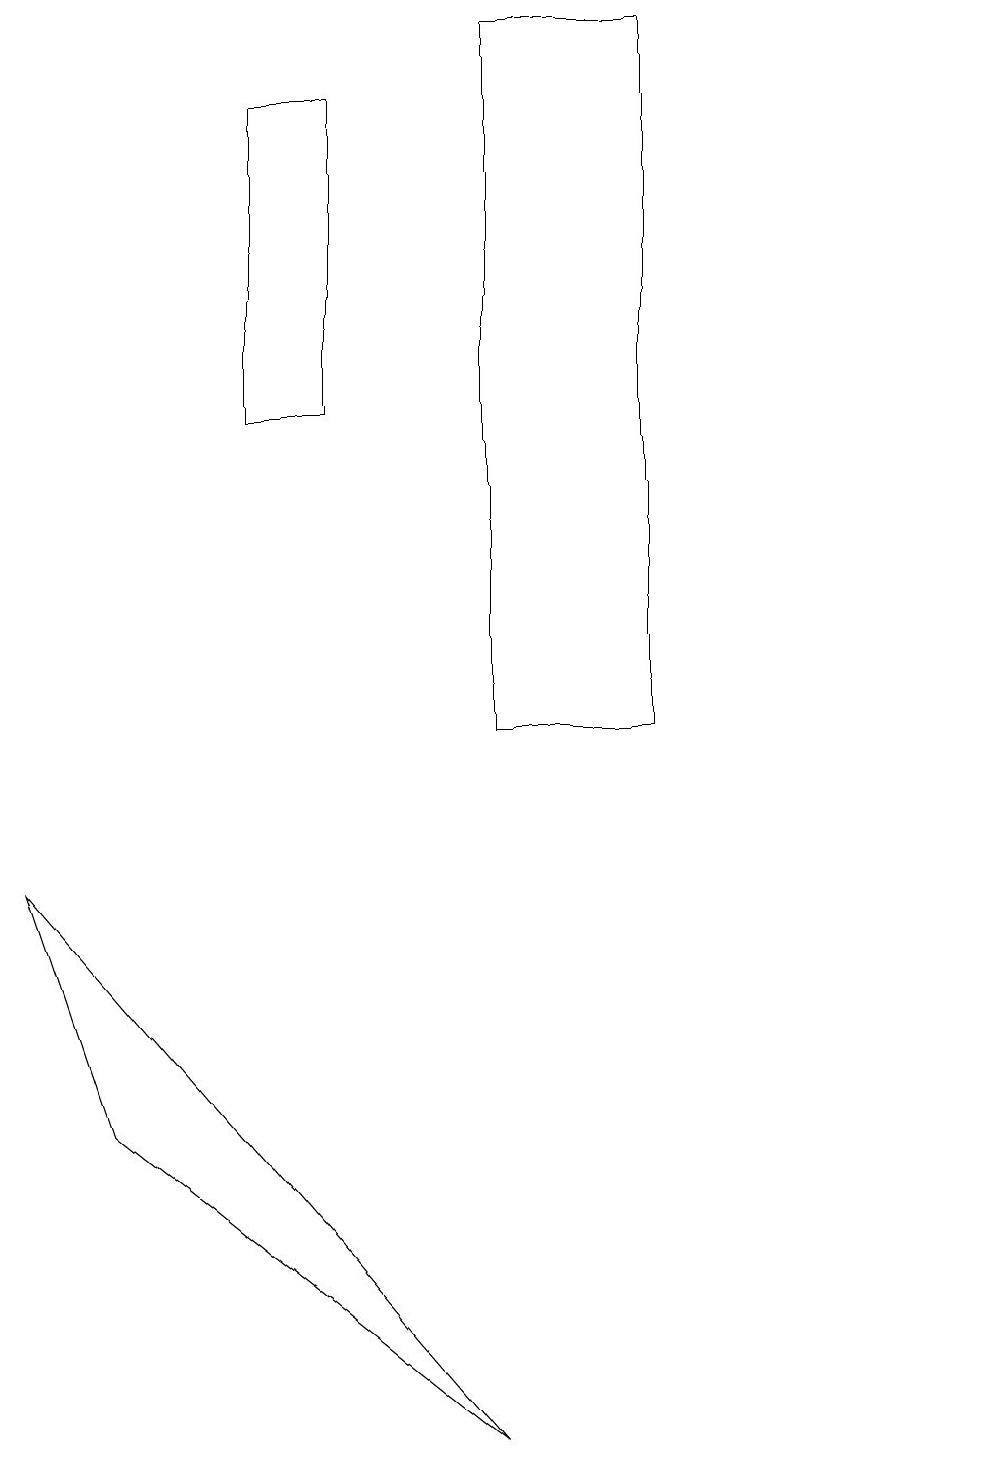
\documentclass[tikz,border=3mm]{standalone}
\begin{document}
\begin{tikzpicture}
\draw (12,10) circle (0);
\draw (3,14) rectangle (4,18);
\draw (1,5) -- (0,8) -- (6,1) -- cycle;
\draw (8,19) rectangle (6,10);
\draw (11,12) circle (0);
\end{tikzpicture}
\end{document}